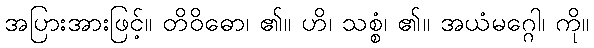
အပြားအားဖြင့်။ တိဝိဓော၊ ၏။ ဟိ၊ သစ္စံ၊ ၏။ အယံမဂ္ဂေါ၊ ကို။